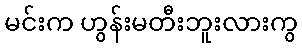
မင်းက ဟွန်းမတီးဘူးလားကွ